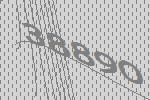
38890